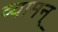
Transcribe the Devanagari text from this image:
व्यामन्